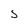
Character: S